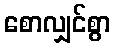
စောလျှင်စွာ